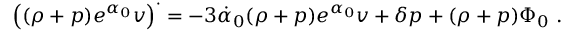
\left( ( \rho + p ) e ^ { \alpha _ { 0 } } v \right) ^ { \cdot } = - 3 \dot { \alpha } _ { 0 } ( \rho + p ) e ^ { \alpha _ { 0 } } v + \delta p + ( \rho + p ) \Phi _ { 0 } \ .